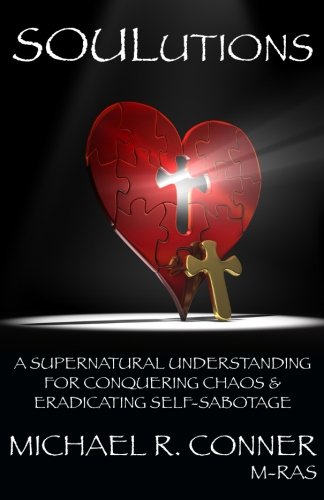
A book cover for SOULutions: A Supernatural Understanding for Conquering Chaos & Eradicating Self-Sabotage; Michael R. Conner M-RAS; Christian Books & Bibles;